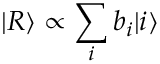
| R \rangle \propto \sum _ { i } b _ { i } | i \rangle